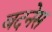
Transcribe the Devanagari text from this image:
बदनेस